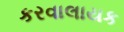
કરવાલાયક